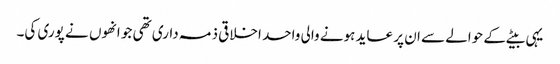
یہی بیٹے کے حوالے سے ان پر عاید ہونے والی واحد اخلاقی ذمہ داری تھی جو انھوں نے پوری کی۔